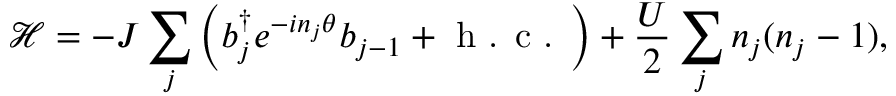
{ \mathcal { H } } = - J \sum _ { j } \left( { b } _ { j } ^ { \dagger } e ^ { - i { n } _ { j } \theta } { b } _ { j - 1 } + \textrm { h . c . } \right) + \frac { U } { 2 } \sum _ { j } { n } _ { j } ( { n } _ { j } - 1 ) ,